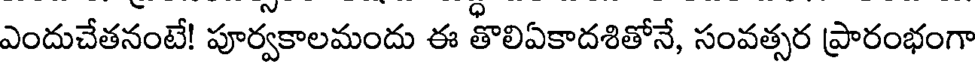
ఎందుచేతనంటే! పూర్వకాలమందు ఈ తొలిఏకాదశితోనే, సంవత్సర ప్రారంభంగా